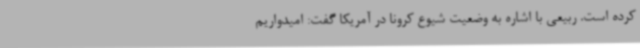
کرده است. ربیعی با اشاره به وضعیت شیوع کرونا در آمریکا گفت: امیدواریم